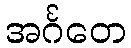
အင်္ဂတေ